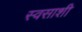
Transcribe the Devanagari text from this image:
स्वसाशी